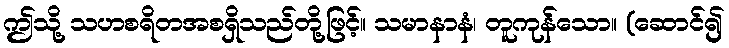
ဤသို့ သဟစရိတအစရှိသည်တို့ဖြင့်။ သမာနာနံ၊ တူကုန်သော။ (ဆောင်၍